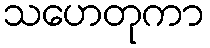
သဟေတုကာ